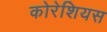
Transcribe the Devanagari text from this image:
कोरेशियस